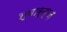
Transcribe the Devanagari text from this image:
श्वार्त्ज़